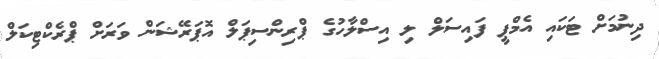
ދިނުމަށް ޓަކައި އެމްޕީ ފައިސަލް ލި އިސްލާހުގެ ޕްރިންސިޕަލް އޮޕަރޭޝަން ވަރަށް ޕްރެކްޓިކަލް